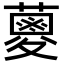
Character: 𮒈